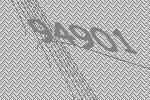
94901